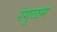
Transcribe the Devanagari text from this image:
रंगूळम